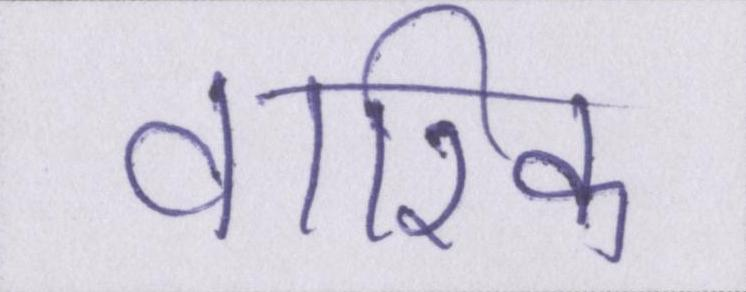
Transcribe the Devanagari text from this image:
वारिक